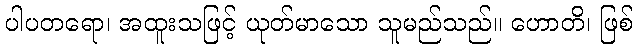
ပါပတရော၊ အထူးသဖြင့် ယုတ်မာသော သူမည်သည်။ ဟောတိ၊ ဖြစ်